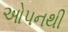
ઓપનથી